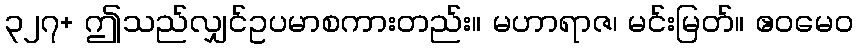
၃၂၇+ ဤသည်လျှင်ဥပမာစကားတည်း။ မဟာရာဇ၊ မင်းမြတ်။ ဧဝမေဝ